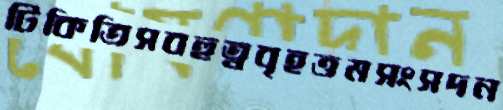
টিকিতিসবহুত্ববৃহত্তমসংসদন